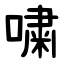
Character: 嘨